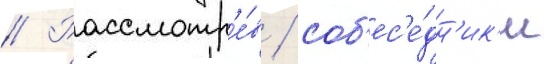
// Рассмотр'е́в / соб'ес'е́дн'ик'и